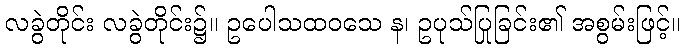
လခွဲတိုင်း လခွဲတိုင်း၌။ ဥပေါသထဝသေ န၊ ဥပုသ်ပြုခြင်း၏ အစွမ်းဖြင့်။